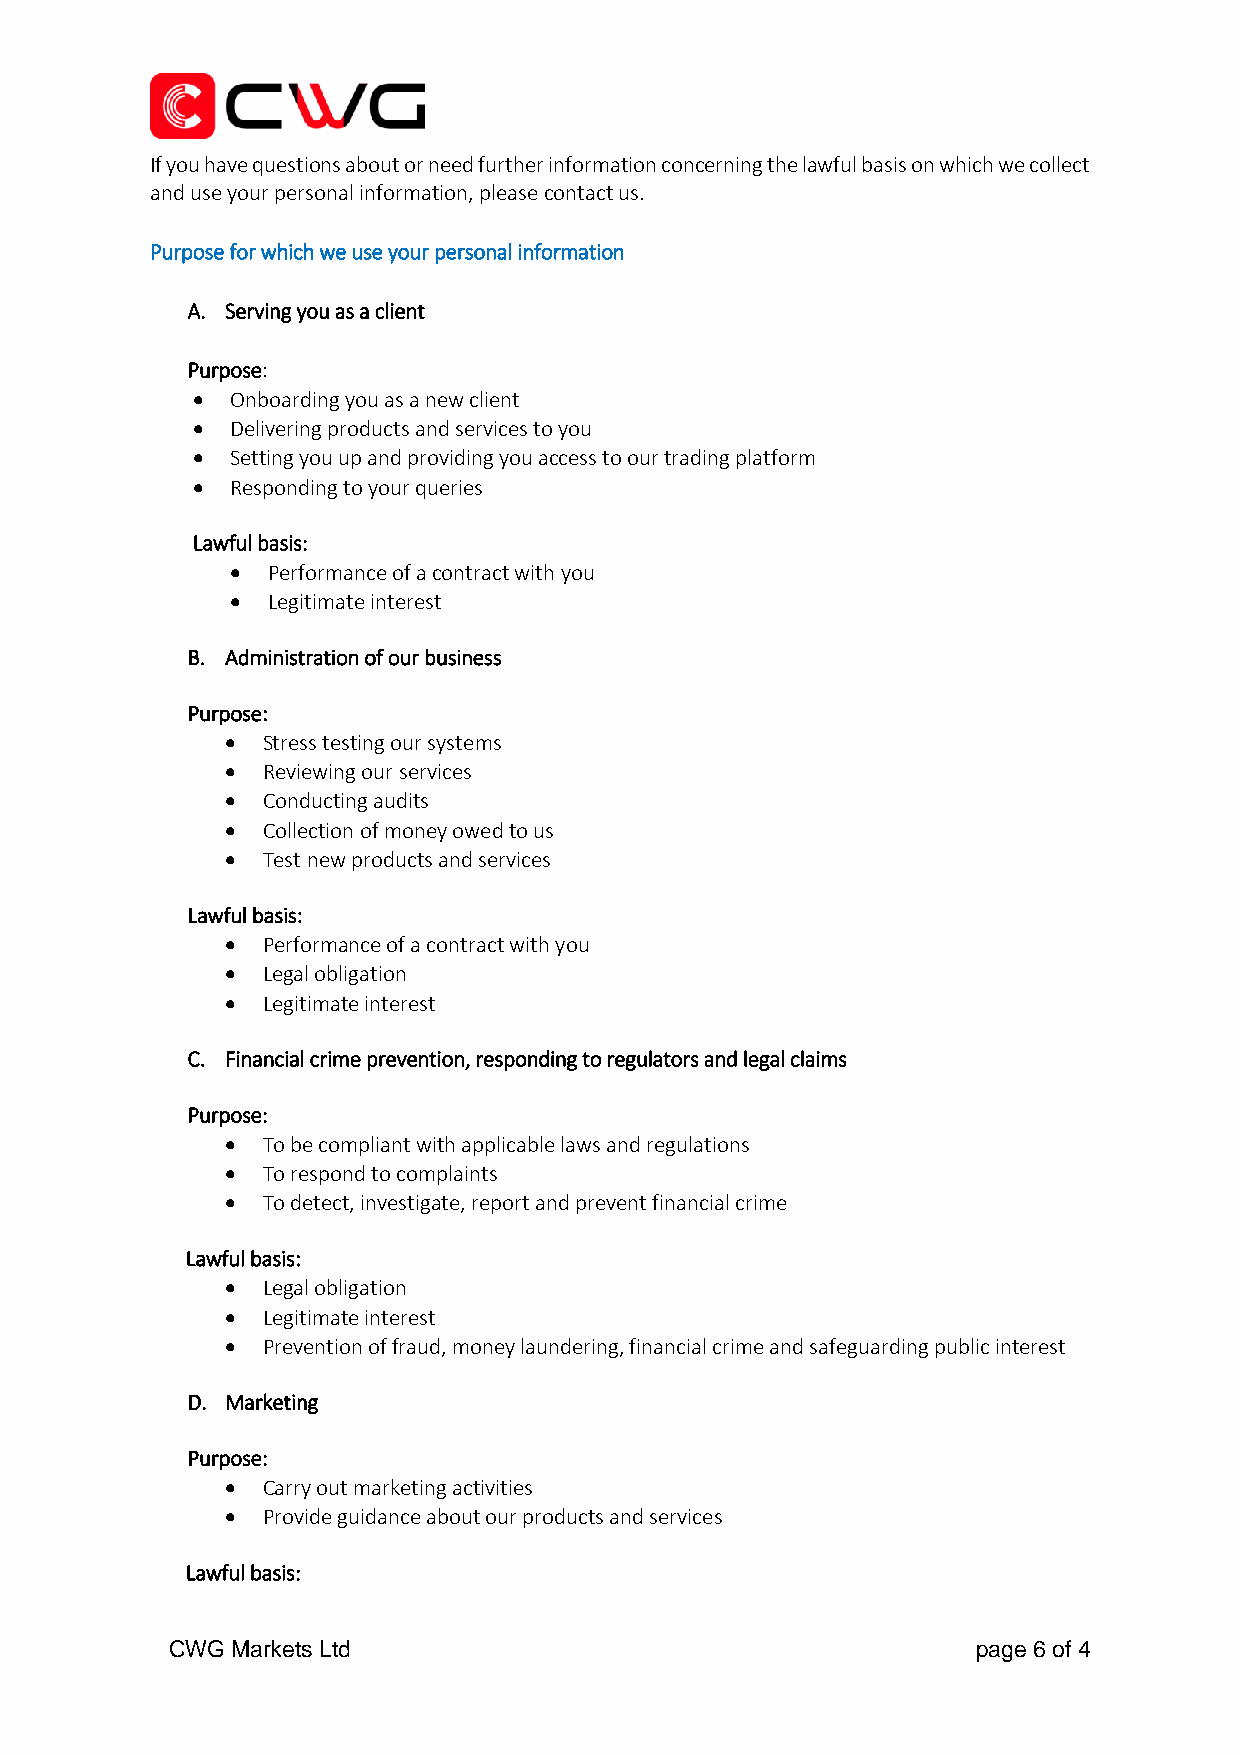
If you have questions about or need further information concerning the lawful basis on which we collect
 and use your personal information, please contact us.
 Purpose for which we use your personal information
 A. Serving you as a client
 Purpose:
 • Onboarding you as a new client
 • Delivering products and services to you
 • Setting you up and providing you access to our trading platform
 • Responding to your queries
 Lawful basis:
 •  Performance of a contract with you
 •  Legitimate interest
 B. Administration of our business
 Purpose:
 • Stress testing our systems
 • Reviewing our services
 • Conducting audits
 • Collection of money owed to us
 • Test new products and services
 Lawful basis:
 • Performance of a contract with you
 • Legal obligation
 • Legitimate interest
 C. Financial crime prevention, responding to regulators and legal claims
 Purpose:
 • To be compliant with applicable laws and regulations
 • To respond to complaints
 • To detect, investigate, report and prevent financial crime
 Lawful basis:
 • Legal obligation
 • Legitimate interest
 • Prevention of fraud, money laundering, financial crime and safeguarding public interest
 D. Marketing
 Purpose:
 • Carry out marketing activities
 • Provide guidance about our products and services
 Lawful basis:
 CWG Markets Ltd                                       page 6 of 4